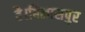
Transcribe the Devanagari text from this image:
है।बिलासपुर